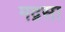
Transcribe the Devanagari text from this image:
मद्रसा